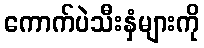
ကောက်ပဲသီးနှံများကို